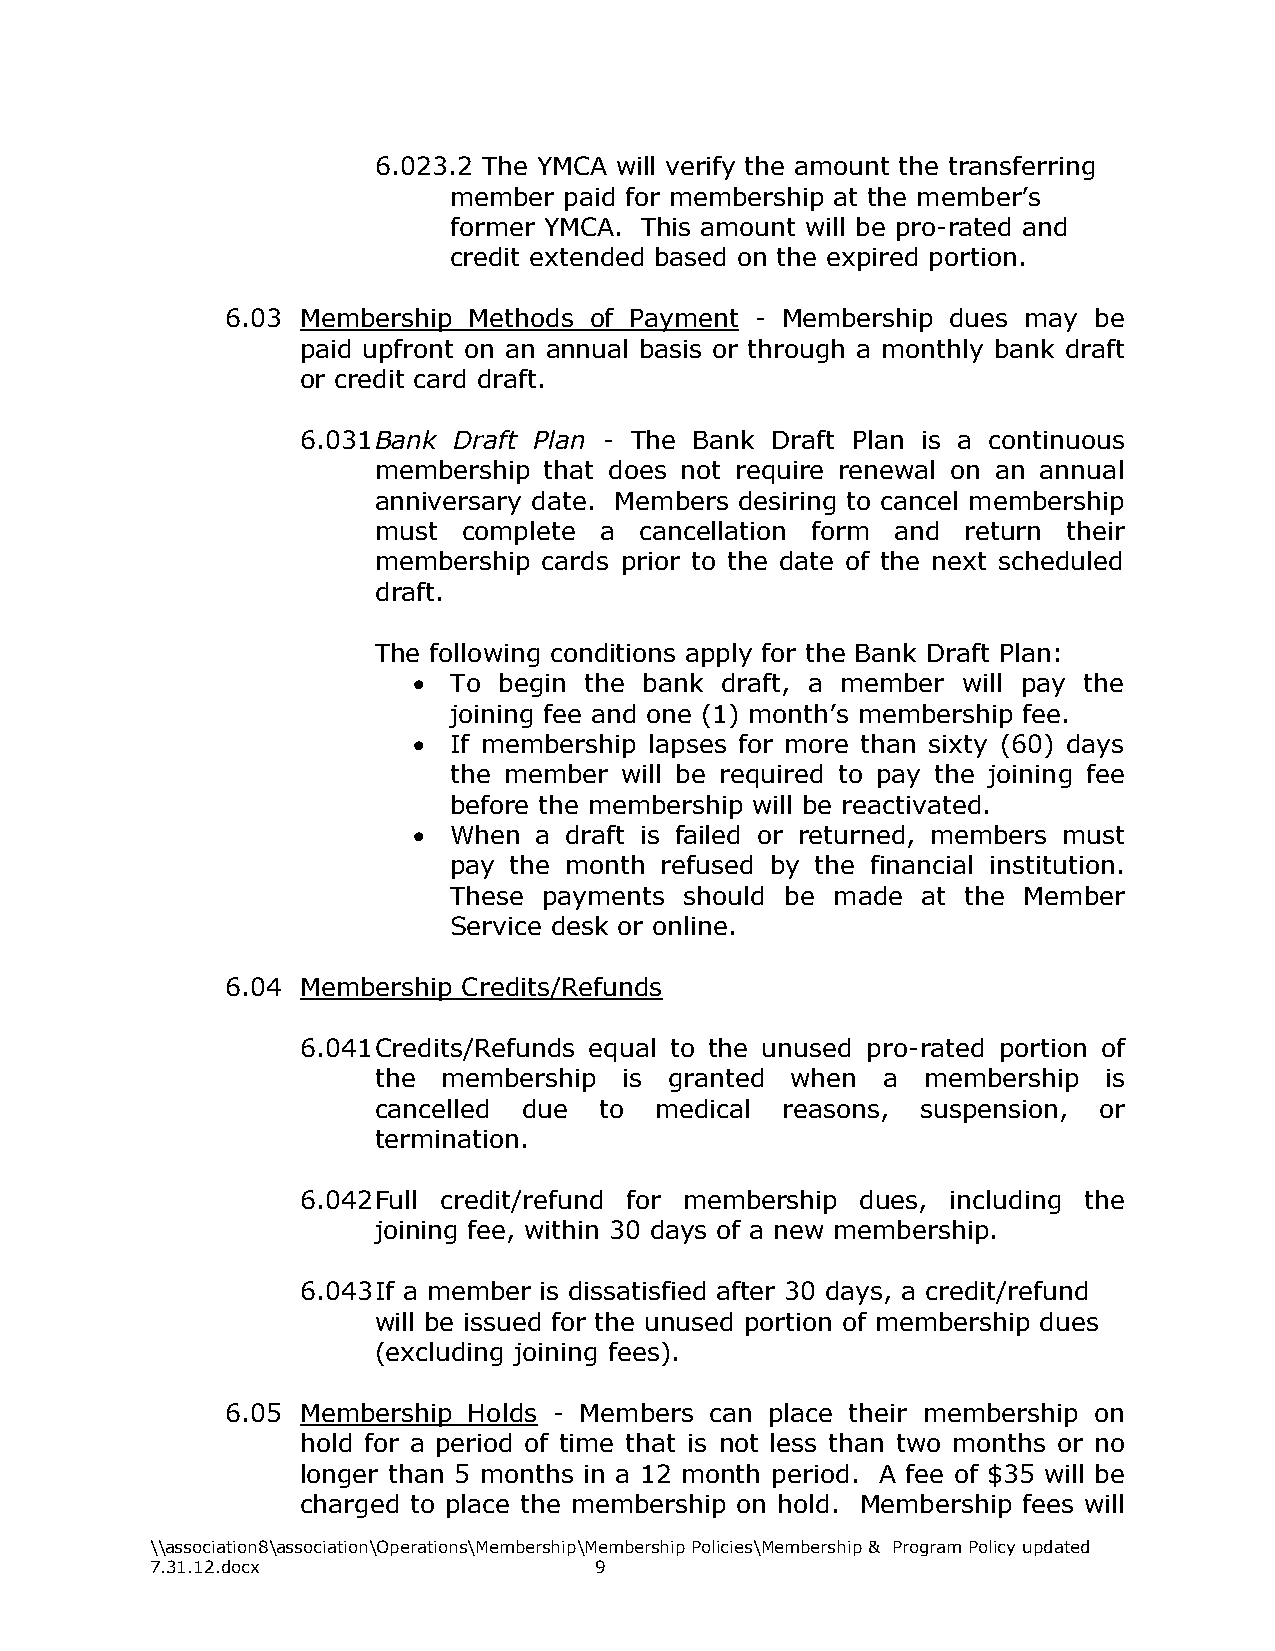
6.023.2 The YMCA will verify the amount the transferring
 member paid for membership at the member’s
 former YMCA. This amount will be pro-rated and
 credit extended based on the expired portion.
 6.03 Membership Methods of Payment - Membership dues may be
 paid upfront on an annual basis or through a monthly bank draft
 or credit card draft.
 6.031 Bank Draft Plan - The Bank Draft Plan is a continuous
 membership that does not require renewal on an annual
 anniversary date. Members desiring to cancel membership
 must  complete a cancellation form and return their
 membership cards prior to the date of the next scheduled
 draft.
 The following conditions apply for the Bank Draft Plan:
   To begin the bank draft, a member will pay the
 joining fee and one (1) month’s membership fee.
   If membership lapses for more than sixty (60) days
 the member will be required to pay the joining fee
 before the membership will be reactivated.
   When a draft is failed or returned, members must
 pay the month refused by the financial institution.
 These payments should be made  at the Member
 Service desk or online.
 6.04 Membership Credits/Refunds
 6.041 Credits/Refunds equal to the unused pro-rated portion of
 the membership  is granted when  a  membership  is
 cancelled due  to medical  reasons, suspension, or
 termination.
 6.042 Full credit/refund for membership dues, including the
 joining fee, within 30 days of a new membership.
 6.043 If a member is dissatisfied after 30 days, a credit/refund
 will be issued for the unused portion of membership dues
 (excluding joining fees).
 6.05 Membership Holds - Members can place their membership on
 hold for a period of time that is not less than two months or no
 longer than 5 months in a 12 month period. A fee of $35 will be
 charged to place the membership on hold. Membership fees will
 \\association8\association\Operations\Membership\Membership Policies\Membership & Program Policy updated
 7.31.12.docx                 9